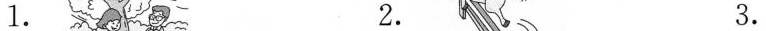
1. 2. 3.